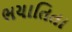
ભયાતિતા